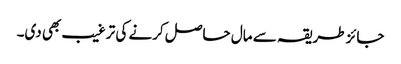
جائز طریقہ سے مال حاصل کرنے کی ترغیب بھی دی۔